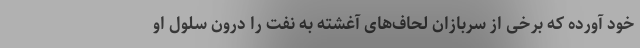
خود آورده که برخی از سربازان لحاف‌های آغشته به نفت را درون سلول او